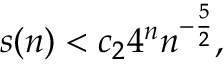
s ( n ) < c _ { 2 } 4 ^ { n } n ^ { - { \frac { 5 } { 2 } } } ,